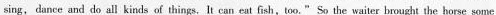
sing, dance and do all kinds of things,It can eat fish,too."So the waiter brought the horse some